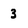
Character: 3